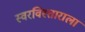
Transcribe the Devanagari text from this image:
स्वरविस्ताराला